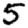
Digit: 5